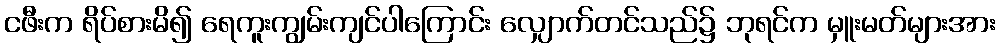
ငဖီးက ရိပ်စားမိ၍ ရေကူးကျွမ်းကျင်ပါကြောင်း လျှောက်တင်သည်၌ ဘုရင်က မှူးမတ်များအား